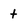
Character: t